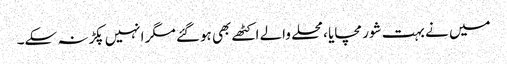
میں نے بہت شور مچایا ،محلے والے اکٹھے بھی ہوگئے مگر انہیں پکڑنہ سکے۔